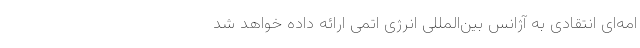
امه‌ای انتقادی به آژانس بین‌المللی انرژی اتمی ارائه داده خواهد شد